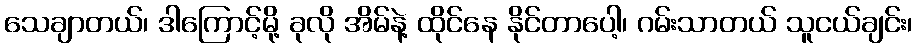
သေချာတယ်၊ ဒါကြောင့်မို့ ခုလို အိမ်နဲ့ ထိုင်နေ နိုင်တာပေါ့၊ ဂမ်းသာတယ် သူငယ်ချင်း၊